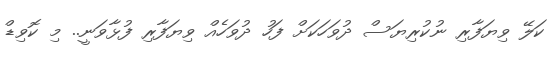
ކަލޭ ވިޔަފާރި ނުކުރިޔަސް ދުވަހަކަށް ފަހު ދުވަހެއް ވިޔަފާރި ފުޅާވަނީ.. މި ކޮވިޑް